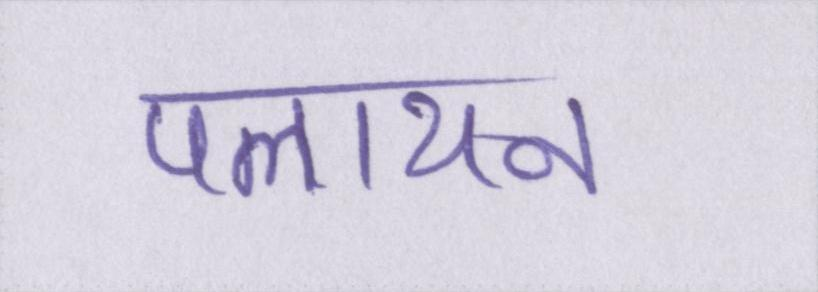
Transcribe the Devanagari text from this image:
पलायन